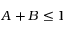
A + B \le 1